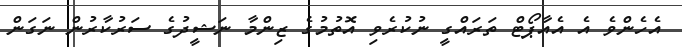
އެހެންވެ އެ އެއާޕޯޓް ތަރައްގީ ނުކުރެވި އޮތުމުގެ ޒިންމާ ނަޝީދުގެ ސަރުކާރުން ނަގަން